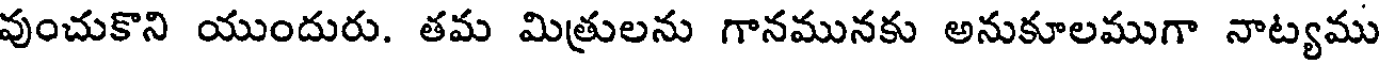
వుంచుకొని యుందురు. తమ మిత్రులను గానమునకు అనుకూలముగా నాట్యము